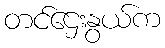
တင်ဌေးနွယ်က